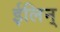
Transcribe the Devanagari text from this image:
ईलिन्